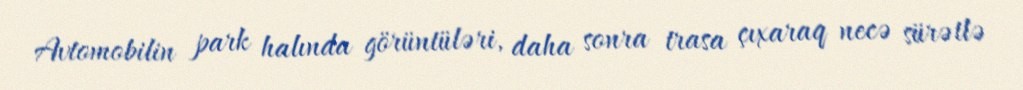
Avtomobilin park halında görüntüləri, daha sonra trasa çıxaraq necə sürətlə